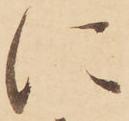
に